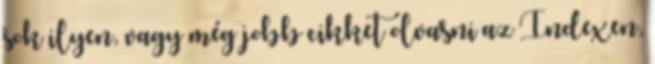
sok ilyen, vagy még jobb cikket olvasni az Indexen,